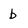
Character: b